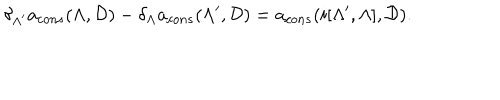
\delta _ { \Lambda ^ { \prime } } a _ { c o n s } ( \Lambda , { \cal D } ) - \delta _ { \Lambda } a _ { c o n s } ( \Lambda ^ { \prime } , { \cal D } ) = a _ { c o n s } ( i [ \Lambda ^ { \prime } , \Lambda ] , { \cal D } ) .